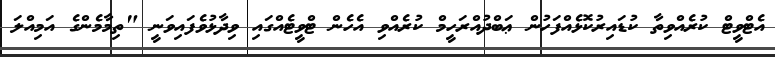
އެޓްވީޓް ކުރެއްވިތާ ކުޑައިރުކޮޅެއްފަހުން ޢަބްދުއްރަހީމް ކުރެއްވި އެހެން ޓްވީޓެއްގައި ވިދާޅުވެފައިވަނީ "ތިމާމެންގެ އަމިއްލަ